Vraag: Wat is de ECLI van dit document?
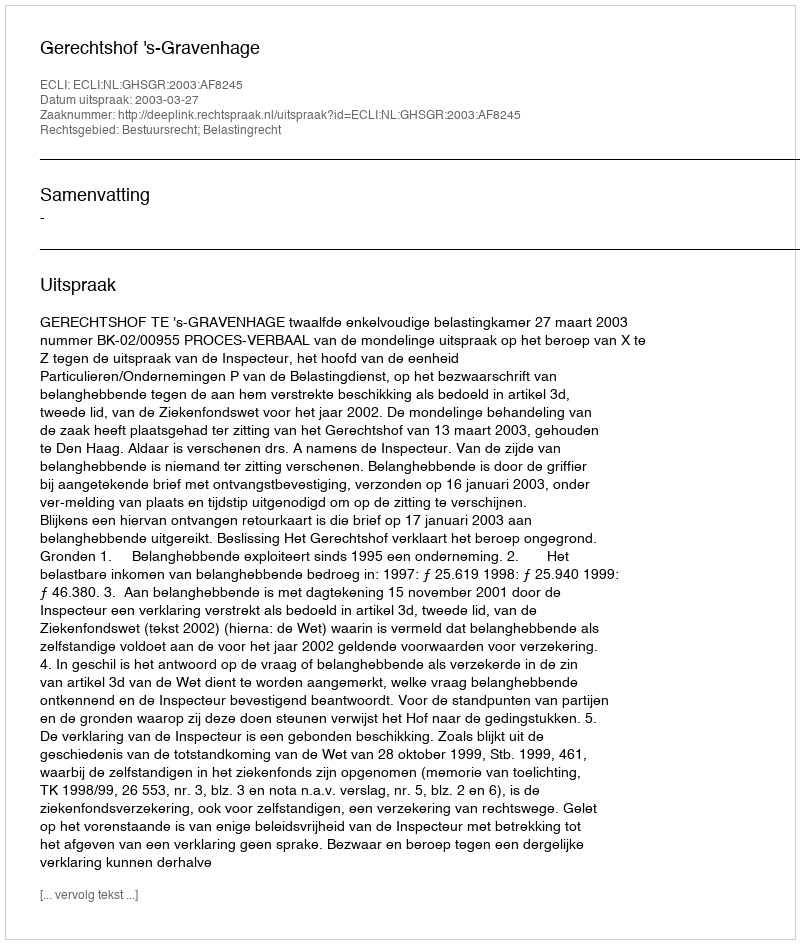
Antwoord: ECLI:NL:GHSGR:2003:AF8245